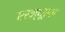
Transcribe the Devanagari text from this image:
एरन्‍यूएल